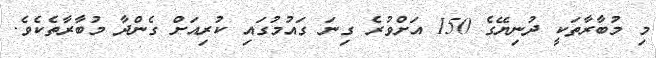
މި މުބާރާތަކީ ދުނިޔޭގެ 150 އަށްވުރެ ގިނަ ގައުމުގައި ކުރިއަށް ގެންދާ މުބާރާތެކެވެ.